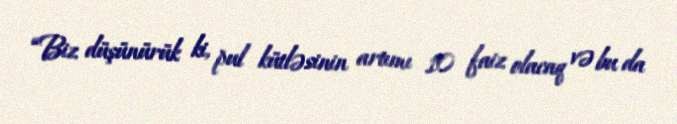
“Biz düşünürük ki, pul kütləsinin artımı 10 faiz olacaq və bu da